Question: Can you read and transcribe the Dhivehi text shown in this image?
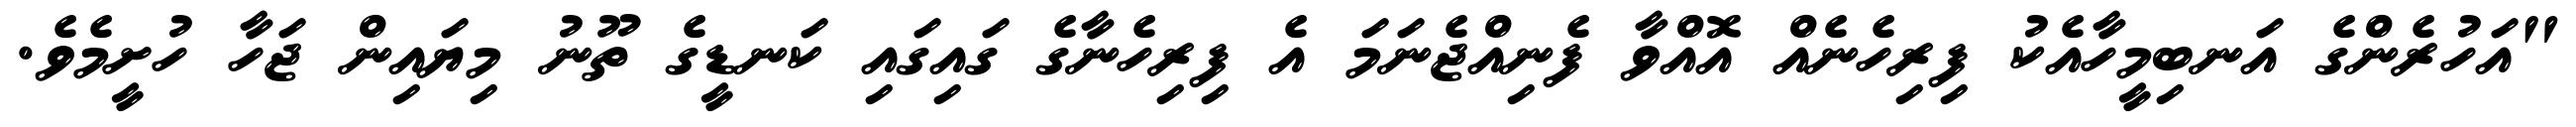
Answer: "އަހުރެންގެ އަނބިމީހާއެކު ފިރިހެނެއް އޮއްވާ ފެނިއްޖެނަމަ އެ ފިރިހެނާގެ ގައިގައި ކަނޑީގެ ތޫނު މިޔައިން ޖަހާ ހުށީމެވެ.